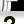
Digit: 2